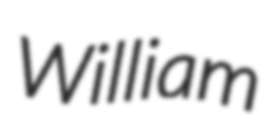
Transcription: William